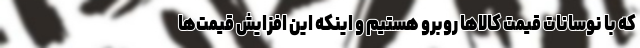
که با نوسانات قیمت کالا‌ها روبرو هستیم و اینکه این افزایش قیمت‌ها